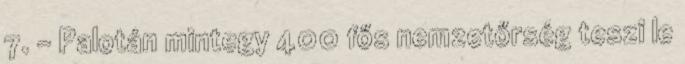
7. – Palotán mintegy 400 fős nemzetőrség teszi le